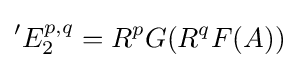
{}^{\prime }E_{2}^{p,q}=R^{p}G(R^{q}F(A))